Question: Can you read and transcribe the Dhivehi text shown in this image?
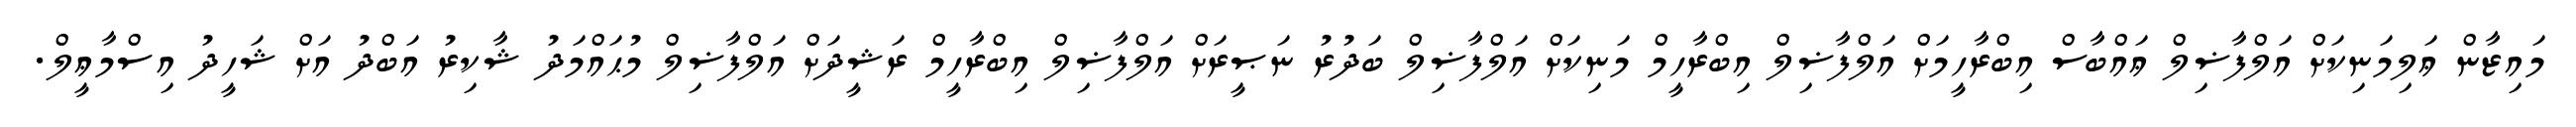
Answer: މައިޒާން ޢަލިމަނިކަށް އަލްފާޟިލް ޢައްބާސް އިބްރާހީމަށް އަލްފާޟިލް އިބްރާހީމް މަނިކަށް އަލްފާޟިލް ބަދުރު ނަޞީރަށް އަލްފާޟިލް އިބްރާހީމް ރަޝީދަށް އަލްފާޟިލް މުޙައްމަދު ޝާކިރު އަބްދު އަށް ޝަހީދު އިސްމާޢީލް.